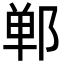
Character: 郸